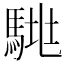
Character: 𱄞